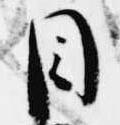
目